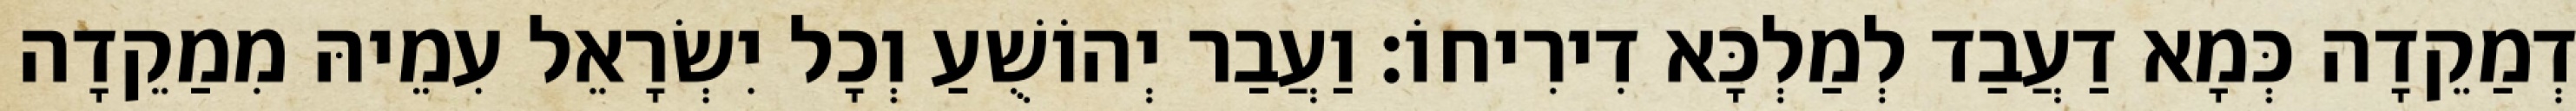
דְמַקֵדָה כְּמָא דַעֲבַד לְמַלְכָּא דִירִיחוֹ׃ וַעֲבַר יְהוֹשֻׁעַ וְכָל יִשְׂרָאֵל עִמֵיהּ מִמַקֵדָה